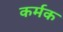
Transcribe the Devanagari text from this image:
कर्मक